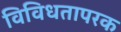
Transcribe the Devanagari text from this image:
विविधतापरक